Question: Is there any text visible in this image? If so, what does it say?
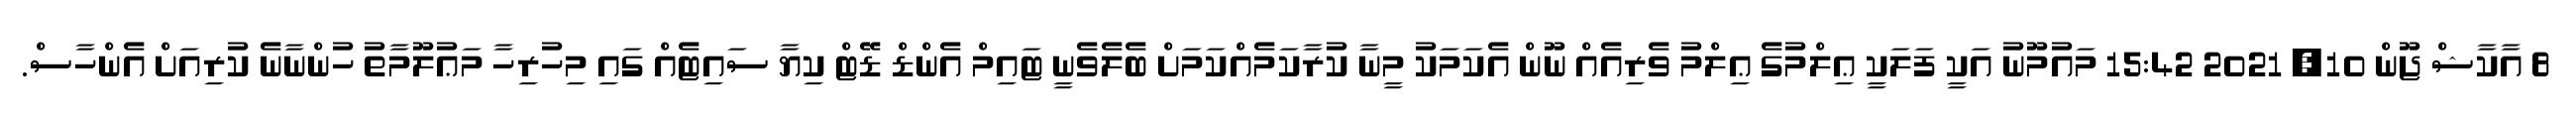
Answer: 8 އާކާޝް ޖޫން 10, 2021 15:42 މައުމޫނު އަކީ ފަލަކީ ޢިލްމުގެ ޢިލްމު ވެރިއެއް ނޫން އެކަމަކު މީނާ ކުރާކަމެއްކަމަށް ބެލެވެނީ ޓައިމް އެންޑް ޑޭޓް ކިޔާ ސައިޓެއް ގައި މިހުރިހާ މަޢުލޫމާތު ހުންނާނެ ކުރިއަށް އެންހާސް.